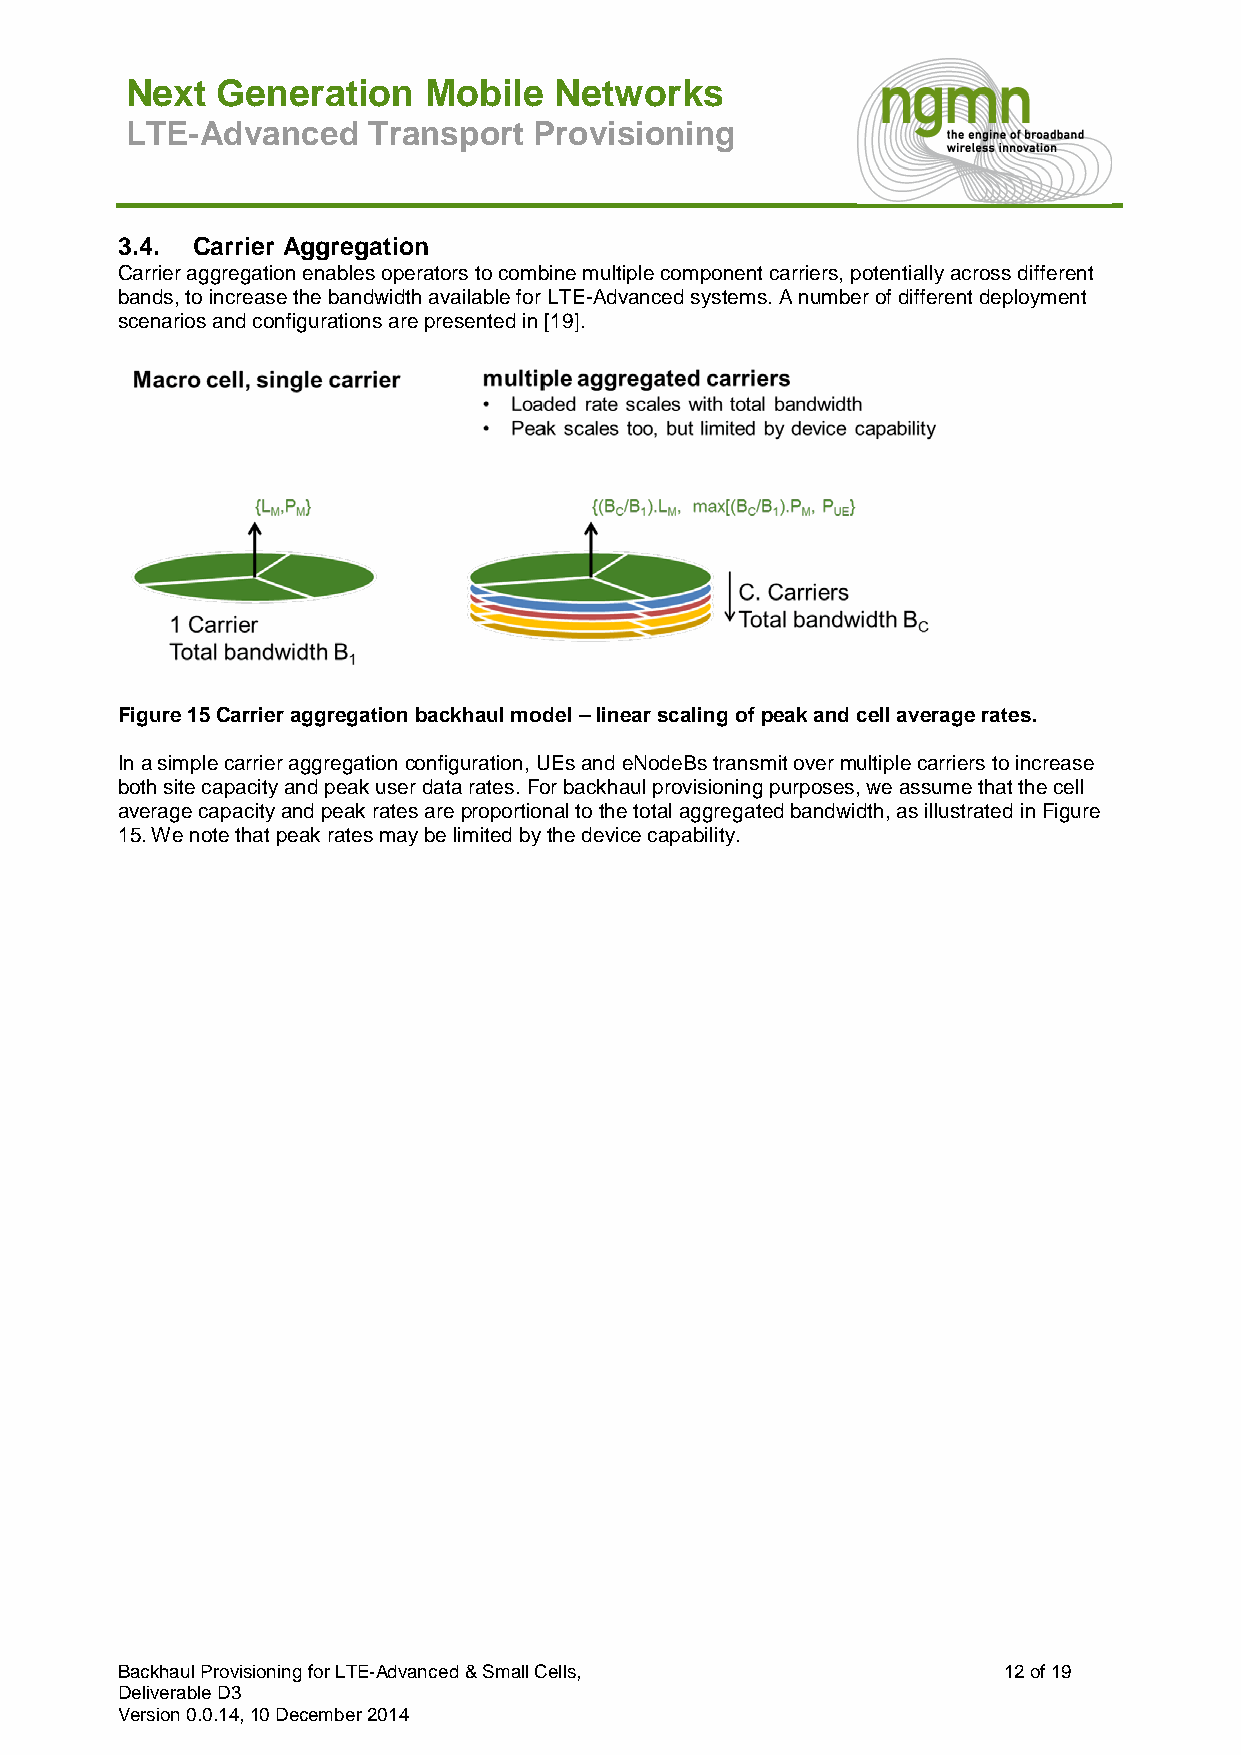
Next  Generation    Mobile   Networks
 LTE-Advanced    Transport  Provisioning
 3.4. Carrier Aggregation
 Carrier aggregation enables operators to combine multiple component carriers, potentially across different
 bands, to increase the bandwidth available for LTE-Advanced systems. A number of different deployment
 scenarios and configurations are presented in [19].
 Figure 15 Carrier aggregation backhaul model – linear scaling of peak and cell average rates.
 In a simple carrier aggregation configuration, UEs and eNodeBs transmit over multiple carriers to increase
 both site capacity and peak user data rates. For backhaul provisioning purposes, we assume that the cell
 average capacity and peak rates are proportional to the total aggregated bandwidth, as illustrated in Figure
 15. We note that peak rates may be limited by the device capability.
 Backhaul Provisioning for LTE-Advanced & Small Cells,     12 of 19
 Deliverable D3
 Version 0.0.14, 10 December 2014